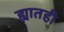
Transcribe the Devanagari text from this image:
ह्यातही